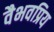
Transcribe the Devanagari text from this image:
वैभवप्रिय